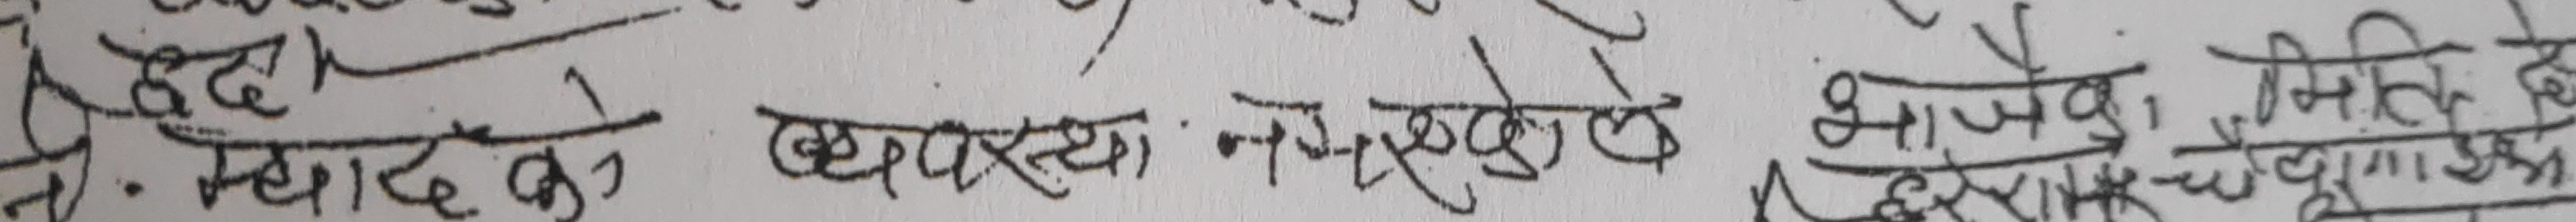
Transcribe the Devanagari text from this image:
मद्दत
१. म्याद को व्यवस्था· नभएकोले झलुकै चिखिदिदे हु